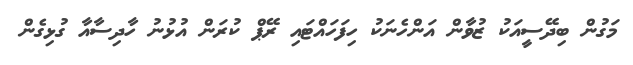
މަގުން ބިދޭސީއަކު ޒުވާން އަންހެނަކު ހިފަހައްޓައި ރޭޕް ކުރަން އުޅުނު ހާދިސާއާ ގުޅިގެން